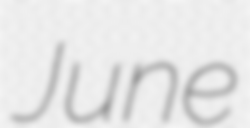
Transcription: June